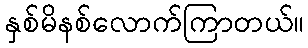
နှစ်မိနစ်လောက်ကြာတယ်။